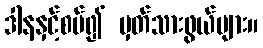
ဒါနနှင့်စပ်၍ မှတ်သားဖွယ်များ။